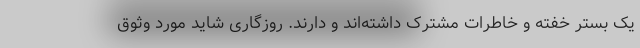
یک بستر خفته و خاطرات مشترک داشته‌اند و دارند. روزگاری شاید مورد وثوق